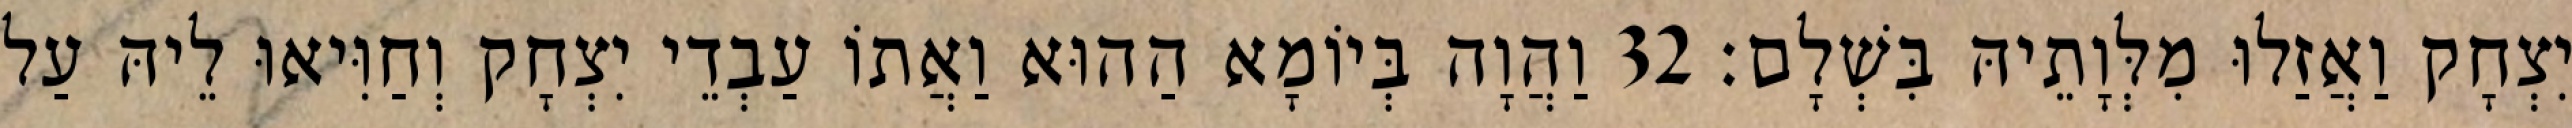
יִצְחָק וַאֲזַלוּ מִלְּוָתֵיהּ בִּשְׁלָם׃ 32 וַהֲוָה בְּיוֹמָא הַהוּא וַאֲתוֹ עַבְדֵי יִצְחָק וְחַוִּיאוּ לֵיהּ עַל